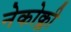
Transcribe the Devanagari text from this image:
नेकोक्ली